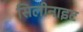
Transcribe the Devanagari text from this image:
सिलीनाइट